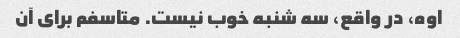
اوه، در واقع، سه شنبه خوب نیست. متاسفم برای آن